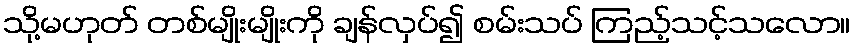
သို့မဟုတ် တစ်မျိုးမျိုးကို ချန်လှပ်၍ စမ်းသပ် ကြည့်သင့်သလော။